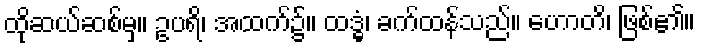
ထိုဆယ်ဆစ်မှ။ ဥပရိ၊ အထက်၌။ ထဒ္ဓံ၊ ခက်ထန်သည်။ ဟောတိ၊ ဖြစ်၏။